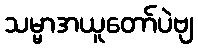
သမ္မာအယူတော်ပဲဗျ